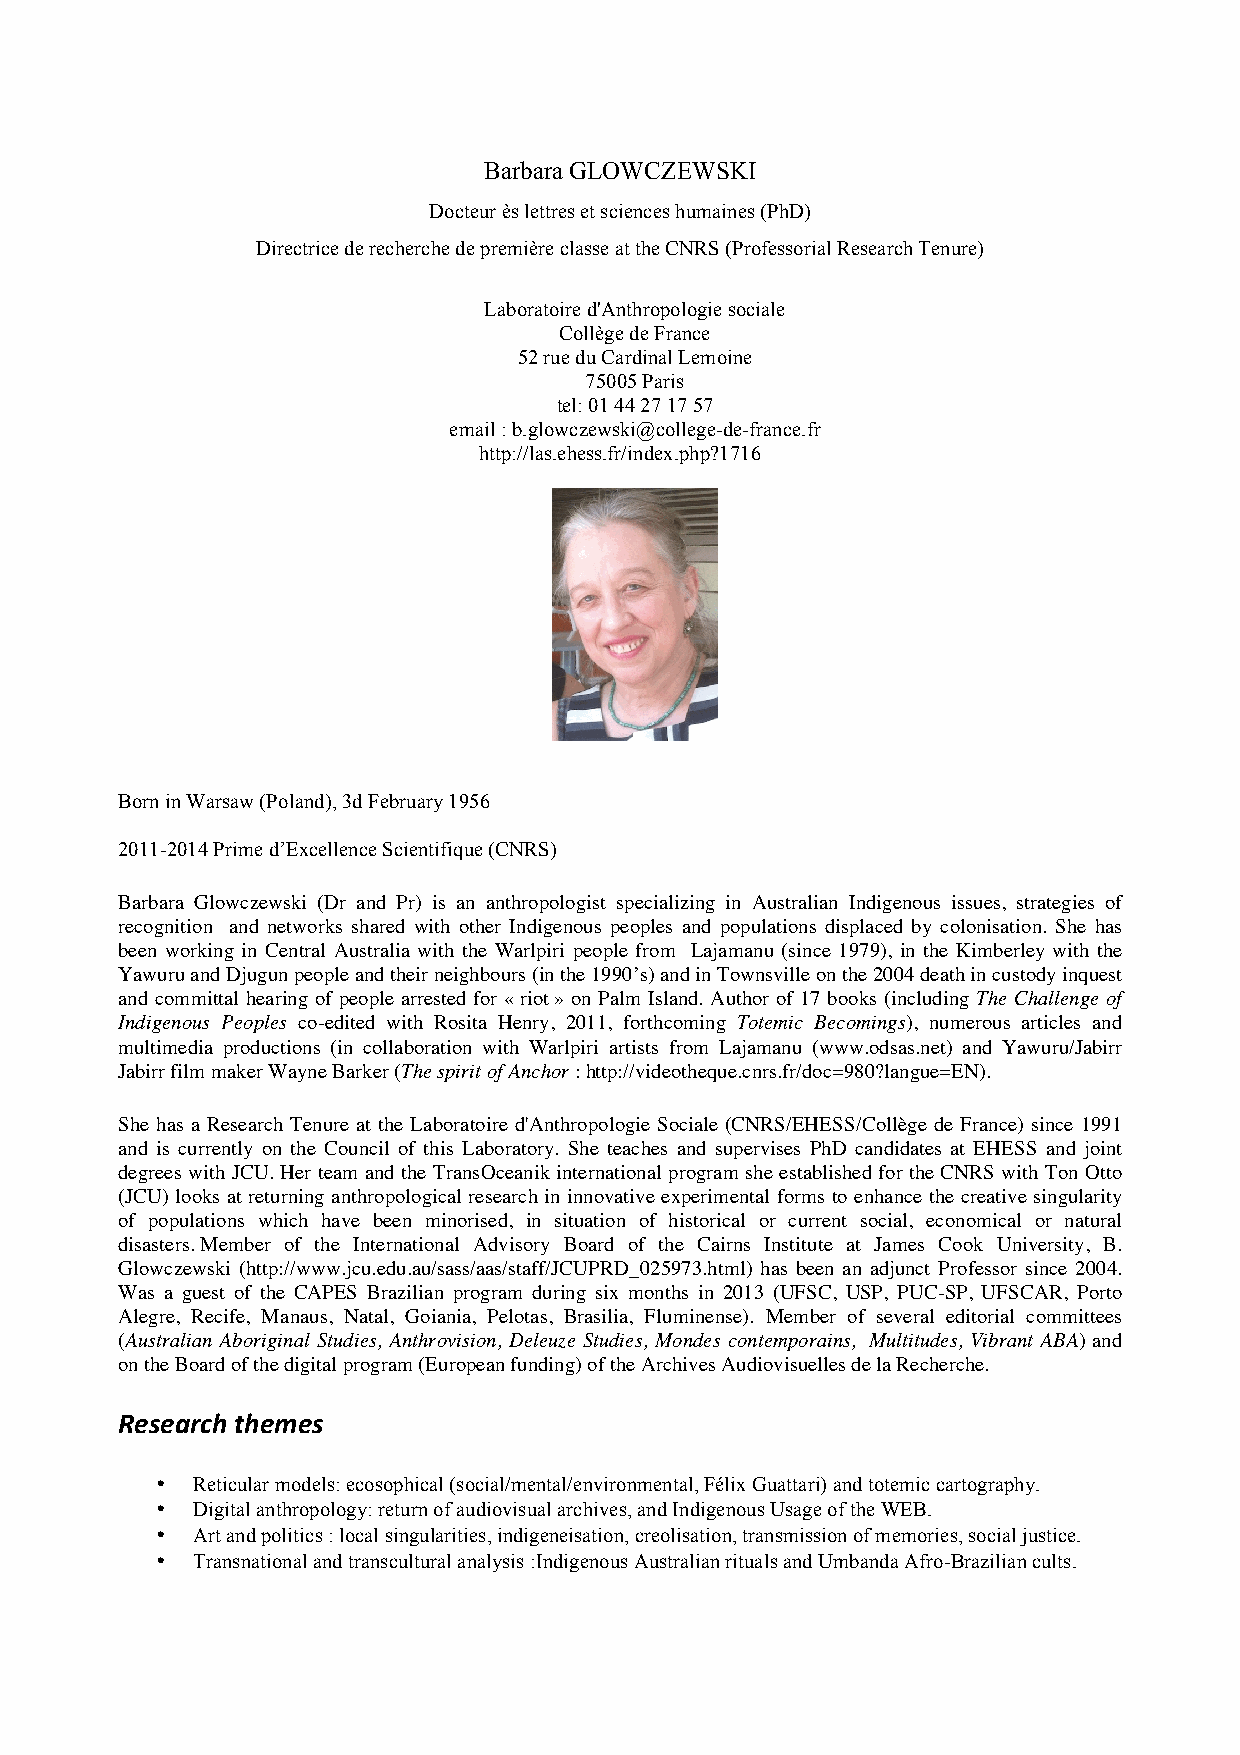
Barbara GLOWCZEWSKI
 Docteur ès lettres et sciences humaines (PhD)
 Directrice de recherche de première classe at the CNRS (Professorial Research Tenure)
 Laboratoire d'Anthropologie sociale
 Collège de France
 52 rue du Cardinal Lemoine
 75005 Paris
 tel: 01 44 27 17 57
 email : b.glowczewski@college-de-france.fr
 http://las.ehess.fr/index.php?1716
 Born in Warsaw (Poland), 3d February 1956
 2011-2014 Prime d’Excellence Scientifique (CNRS)
 Barbara Glowczewski (Dr and Pr) is an anthropologist specializing in Australian Indigenous issues, strategies of
 recognition and networks shared with other Indigenous peoples and populations displaced by colonisation. She has
 been working in Central Australia with the Warlpiri people from Lajamanu (since 1979), in the Kimberley with the
 Yawuru and Djugun people and their neighbours (in the 1990’s) and in Townsville on the 2004 death in custody inquest
 and committal hearing of people arrested for « riot » on Palm Island. Author of 17 books (including The Challenge of
 Indigenous Peoples co-edited with Rosita Henry, 2011, forthcoming Totemic Becomings), numerous articles and
 multimedia productions (in collaboration with Warlpiri artists from Lajamanu (www.odsas.net) and Yawuru/Jabirr
 Jabirr film maker Wayne Barker (The spirit of Anchor : http://videotheque.cnrs.fr/doc=980?langue=EN).
 She has a Research Tenure at the Laboratoire d'Anthropologie Sociale (CNRS/EHESS/Collège de France) since 1991
 and is currently on the Council of this Laboratory. She teaches and supervises PhD candidates at EHESS and joint
 degrees with JCU. Her team and the TransOceanik international program she established for the CNRS with Ton Otto
 (JCU) looks at returning anthropological research in innovative experimental forms to enhance the creative singularity
 of populations which have been minorised, in situation of historical or current social, economical or natural
 disasters. Member of the International Advisory Board of the Cairns Institute at James Cook University, B.
 Glowczewski (http://www.jcu.edu.au/sass/aas/staff/JCUPRD_025973.html) has been an adjunct Professor since 2004.
 Was a guest of the CAPES Brazilian program during six months in 2013 (UFSC, USP, PUC-SP, UFSCAR, Porto
 Alegre, Recife, Manaus, Natal, Goiania, Pelotas, Brasilia, Fluminense). Member of several editorial committees
 (Australian Aboriginal Studies, Anthrovision, Deleuze Studies, Mondes contemporains, Multitudes, Vibrant ABA) and
 on the Board of the digital program (European funding) of the Archives Audiovisuelles de la Recherche.
 Research themes
 •  Reticular models: ecosophical (social/mental/environmental, Félix Guattari) and totemic cartography.
 •  Digital anthropology: return of audiovisual archives, and Indigenous Usage of the WEB.
 •  Art and politics : local singularities, indigeneisation, creolisation, transmission of memories, social justice.
 •  Transnational and transcultural analysis :Indigenous Australian rituals and Umbanda Afro-Brazilian cults.